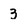
Character: 3